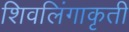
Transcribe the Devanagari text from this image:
शिवलिंगाकृती